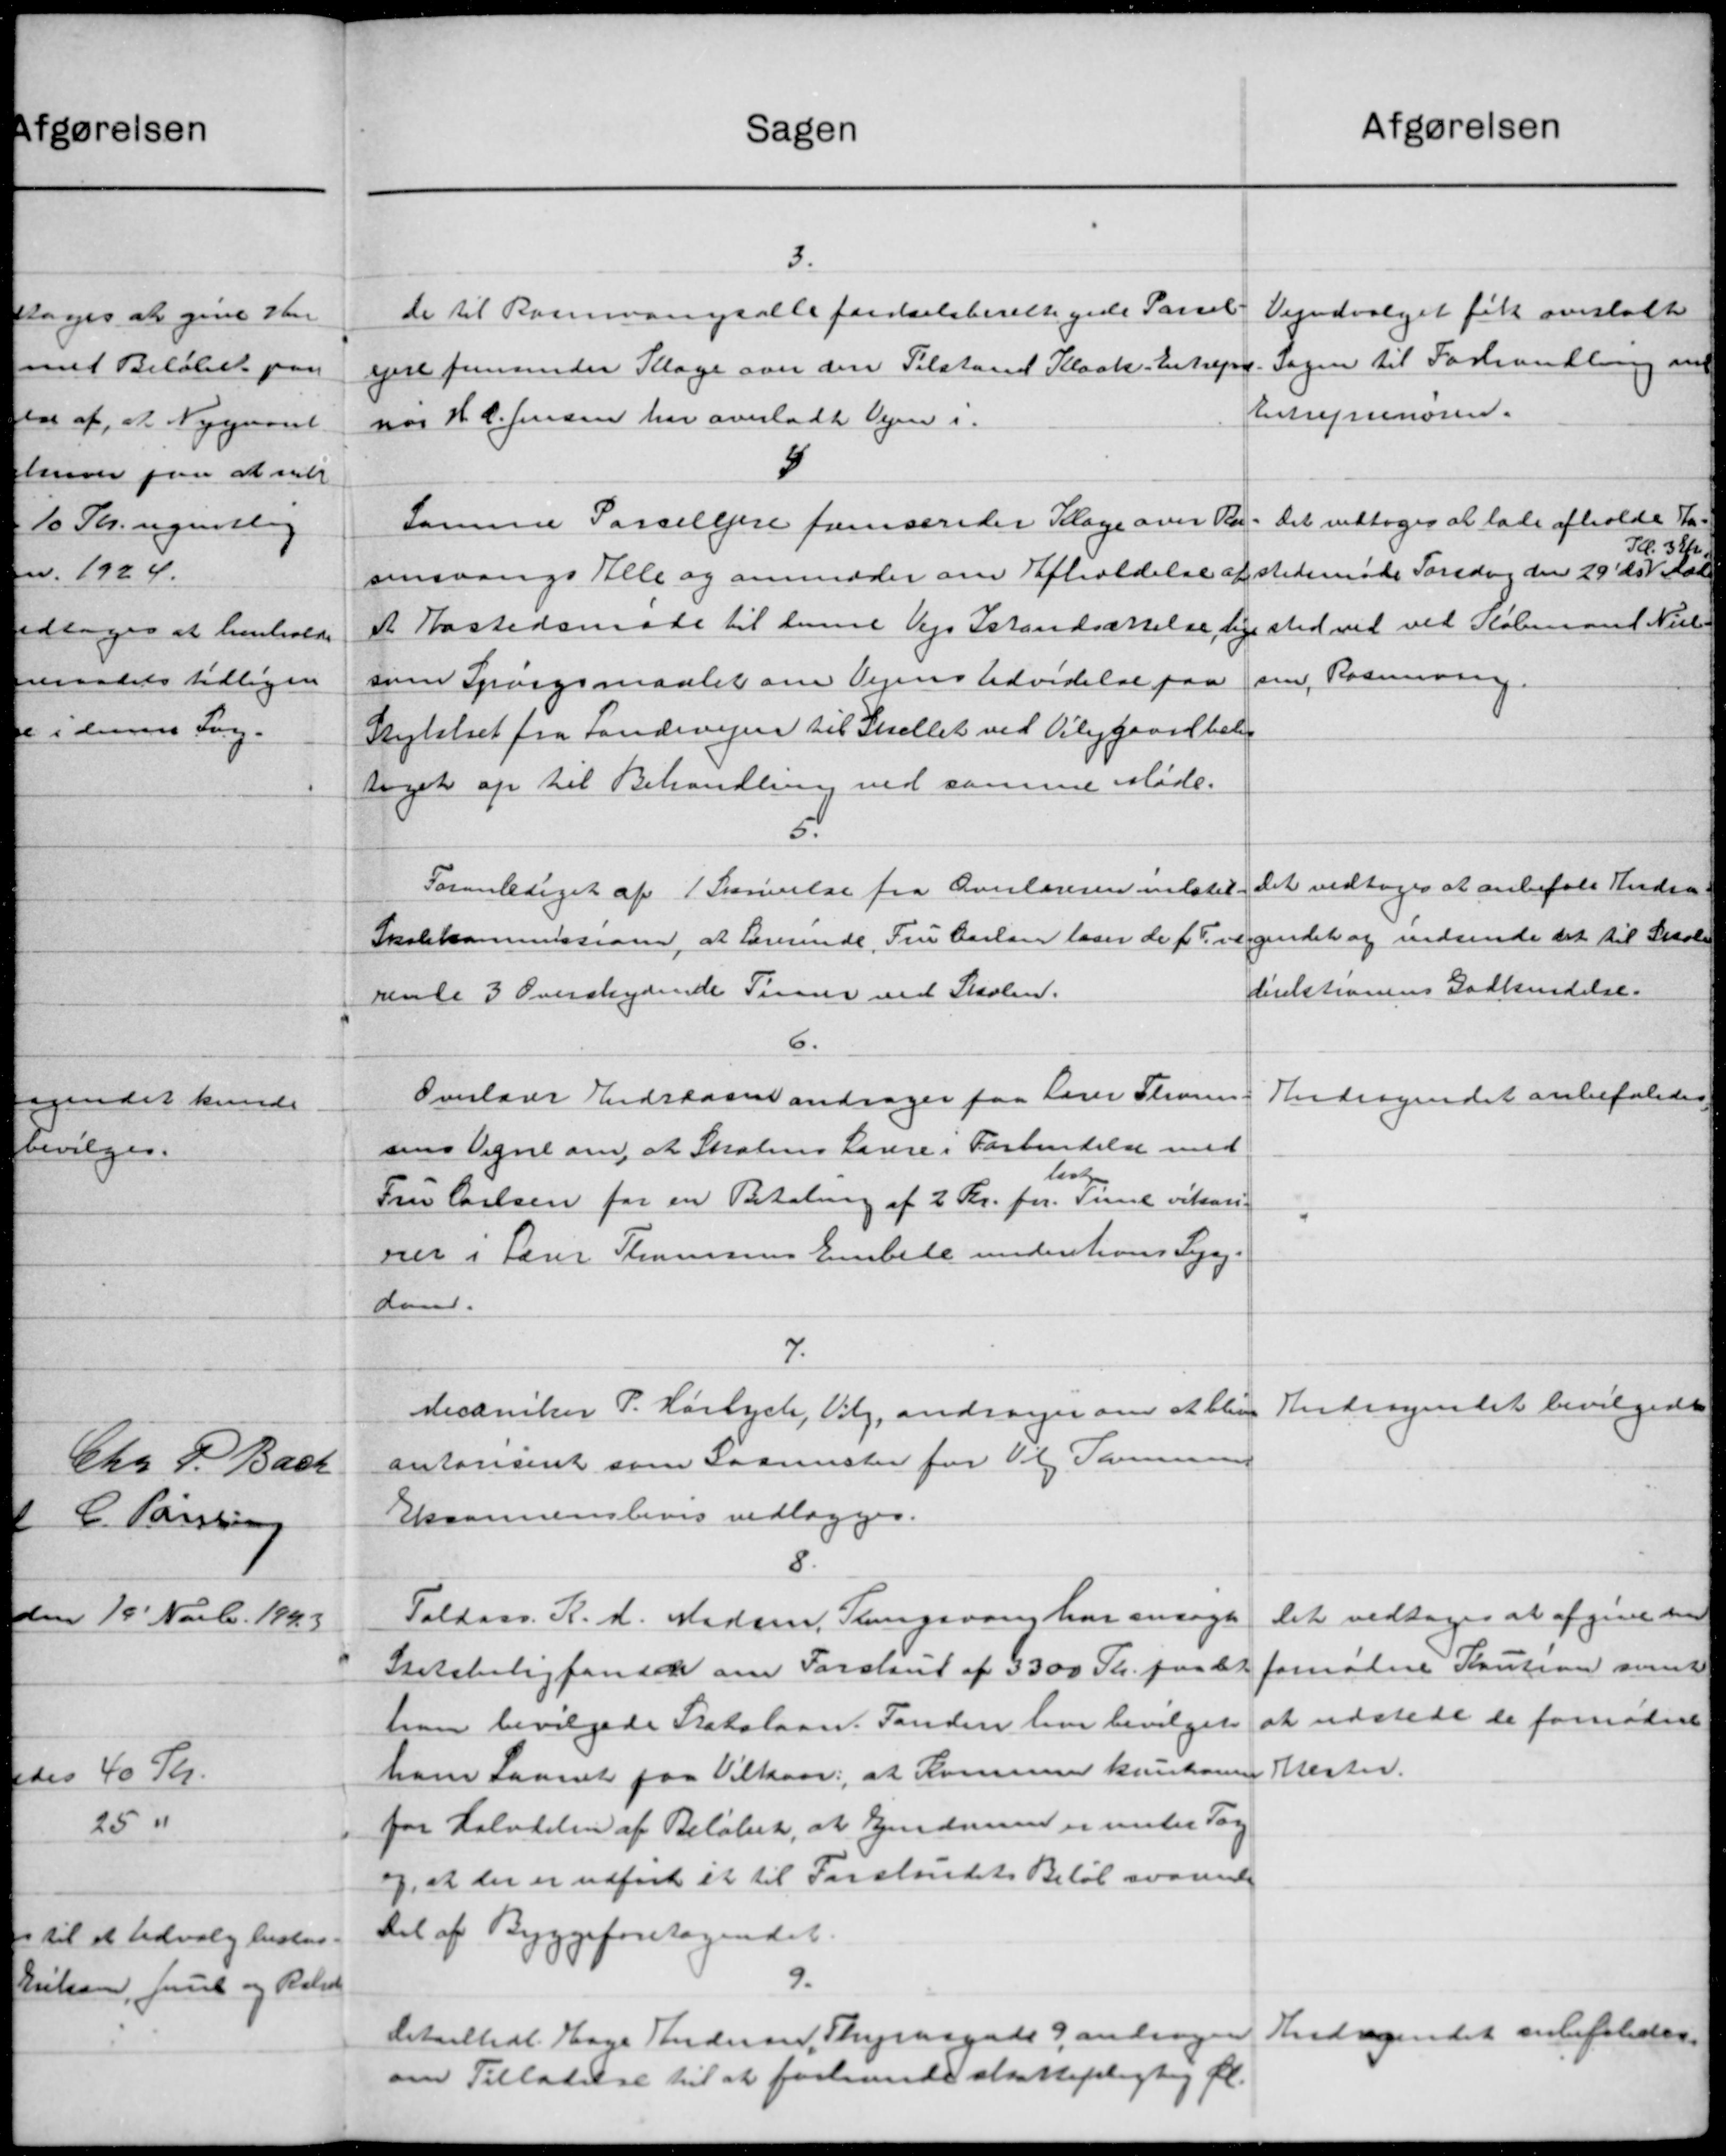
Transskription:
Sagen
3.
de til Rosvangsalle føreselsberettigede Parcel
ejere femsender Klage over den Tilstand Kloak- Entrepre
nos H. C. Jensen har overladte Vejen i
5
Samme Parcelejere fremsender Klage over Ra
sensvangs Alle og anmoder om Afholdelse af
e Hastedsmøde til denne Vejs Istandsættelse, lige
som Spørgsmaalet om Vejens Udvidelse paa
Skyttet fra Landevejen til Skellet ved Vilgaardbel-
taget op til Behandling ved samme Møde.
6.
Foranlediget af 1 Skrivelse fra Overlæreren indstil
Skolekommissionen, at Lærerinde, Fru Carlen laver de f. T. ve
rente 3 Overskydende Tirune ved Skolen.
6.
Overlæge Indstaaen andrager paa Lærer Thom
sens Vegne om, at Skolens Lærere i Forbindelse med
listen
Fru Carlsen for en Betaling af 2 Kr. pr. Time vikari-
ner i Lærer Thomsens Embede uidentions Syg-
Land.
7.
Mecaniker P. Harlych, Valg, andrager om at bliver
antonsenet som Laanester for Til Sammen
Essommensbevis vedlægges.
8.
Taldaar. R. A. Madsen, Thingsvang har ansøgt
Statsboligfonden om Forstand af 3300 Skr. paa det
han bevilgede Statslaan. Tanden har bevilgede
ham Laanet paa Vilkaar: at Komune kunkomme
for Halvdelen af Beløbet, at Ejendom er under Tag
og, at der er udført et til Forslandets Beløb svarende
Del af Byggeforetagendet.
9.
detailledt. Hage Andersen, Thyrasgade 9, andrager
om Tilladelse til at forhandle skattepligtig fl.